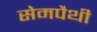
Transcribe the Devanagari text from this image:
सेमपैथी